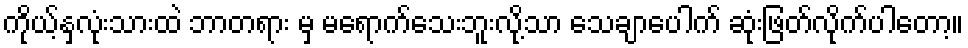
ကိုယ့်နှလုံးသားထဲ ဘာတရား မှ မရောက်သေးဘူးလို့သာ သေချာပေါက် ဆုံးဖြတ်လိုက်ပါတော့။